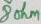
Text: 8ohm